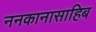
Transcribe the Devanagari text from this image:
ननकानासाहिब